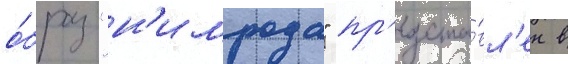
о́браз "н'имрода" пр'едста́вл'ен в